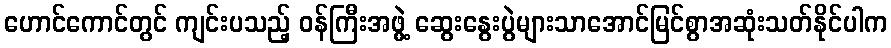
ဟောင်ကောင်တွင် ကျင်းပသည့် ဝန်ကြီးအဖွဲ့ ဆွေးနွေးပွဲများသာအောင်မြင်စွာအဆုံးသတ်နိုင်ပါက